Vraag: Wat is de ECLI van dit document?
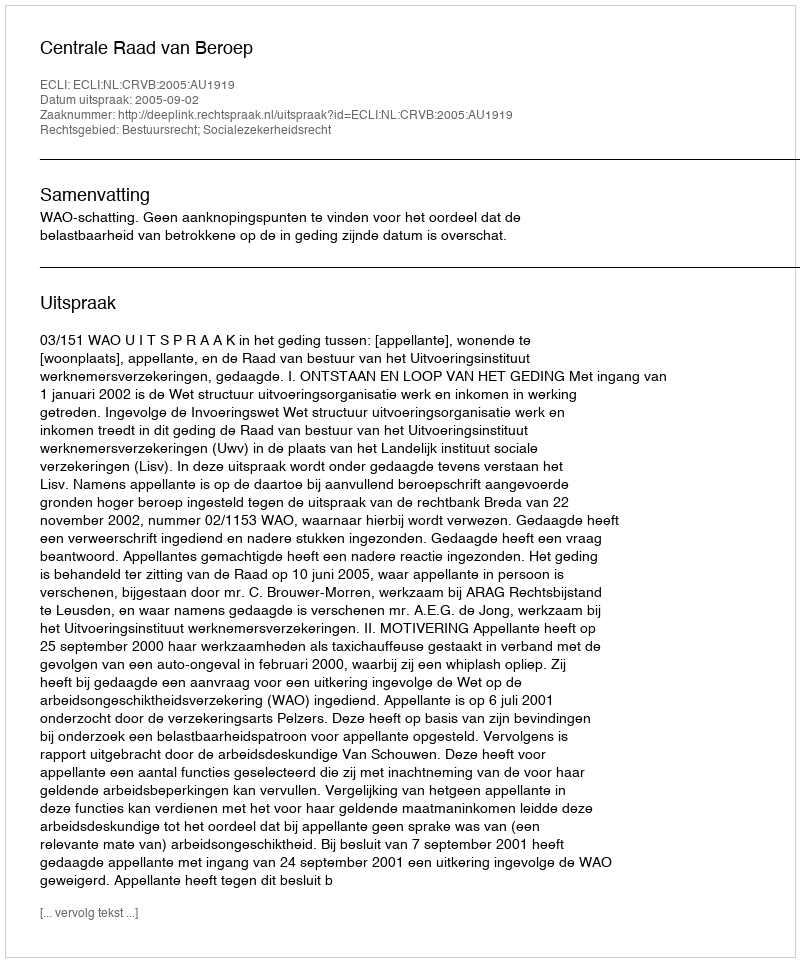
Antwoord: ECLI:NL:CRVB:2005:AU1919